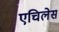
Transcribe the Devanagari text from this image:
एचिलेस